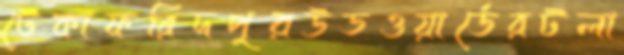
টেকাফরিদপুরউডওয়ার্ডেরটলা